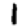
Digit: 1